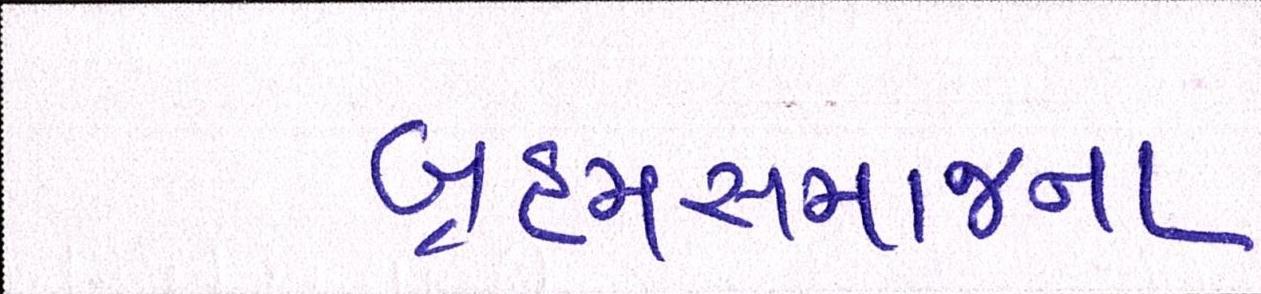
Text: બ્રહ્મસમાજના